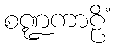
စဏ္ဍကာဠိံ